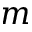
m